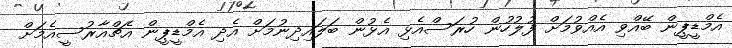
އެމްޑީޕީން ބޭއްވި އެއްވުމަށް ފުލުހުން ހުރަސްއެޅި އެޅުން ބަލައިދިނުމަށް އެދި އެމްޑީޕީން އެޗްއާރުސީއެމަށް